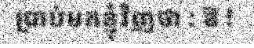
ប្រាប់មកខ្ញុំវិញថា : ឱ !